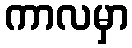
ကာလမှာ